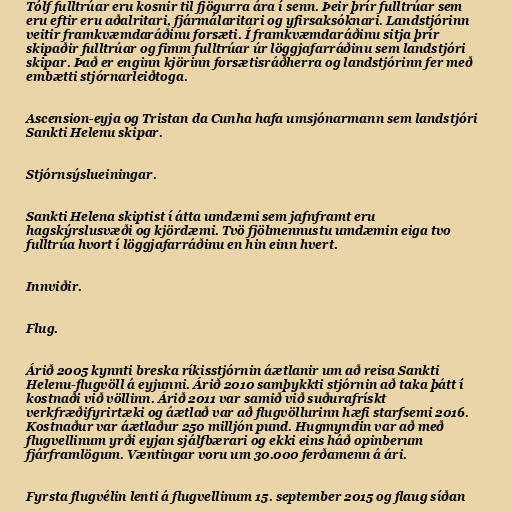
Tólf fulltrúar eru kosnir til fjögurra ára í senn. Þeir þrír fulltrúar sem
eru eftir eru aðalritari, fjármálaritari og yfirsaksóknari. Landstjórinn
veitir framkvæmdaráðinu forsæti. Í framkvæmdaráðinu sitja þrír
skipaðir fulltrúar og fimm fulltrúar úr löggjafarráðinu sem landstjóri
skipar. Það er enginn kjörinn forsætisráðherra og landstjórinn fer með
embætti stjórnarleiðtoga.

Ascension-eyja og Tristan da Cunha hafa umsjónarmann sem landstjóri
Sankti Helenu skipar.

Stjórnsýslueiningar.

Sankti Helena skiptist í átta umdæmi sem jafnframt eru
hagskýrslusvæði og kjördæmi. Tvö fjölmennustu umdæmin eiga tvo
fulltrúa hvort í löggjafarráðinu en hin einn hvert.

Innviðir.

Flug.

Árið 2005 kynnti breska ríkisstjórnin áætlanir um að reisa Sankti
Helenu-flugvöll á eyjunni. Árið 2010 samþykkti stjórnin að taka þátt í
kostnaði við völlinn. Árið 2011 var samið við suðurafrískt
verkfræðifyrirtæki og áætlað var að flugvöllurinn hæfi starfsemi 2016.
Kostnaður var áætlaður 250 milljón pund. Hugmyndin var að með
flugvellinum yrði eyjan sjálfbærari og ekki eins háð opinberum
fjárframlögum. Væntingar voru um 30.000 ferðamenn á ári.

Fyrsta flugvélin lenti á flugvellinum 15. september 2015 og flaug síðan